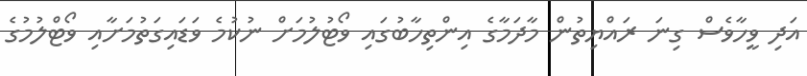
އަދި ވީހާވެސް ގިނަ ރައްޔިތުން މާދަމާގެ އިންތިހާބުގައި ވޯޓުލުމަށް ނުކުމެ ވަޑައިގަތުމަށާއި ވޯޓްލުމުގެ